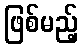
ဖြစ်မည့်